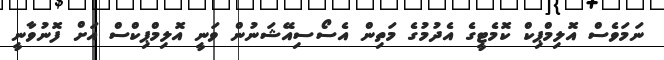
ނަމަވެސް އޮލިމްޕިކް ކޮމެޓީގެ އެދުމުގެ މަތިން އެސޯސިއޭޝަނުން ވަނީ އޮލިމްޕިކްސް އަށް ފޮނުވާނީ